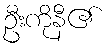
ဦးကိုနီ၏